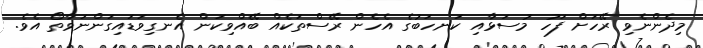
މިދެންނެވި ރޭހަށް ފަހު މުސަޅާއި ކަނހަބުގެ އެހެން ރޭސްތަކެއް ބޭއްވިކަން އެނގިވަޑައިގަންނަވާތޯ އެވެ.